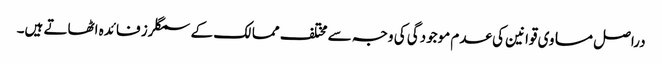
دراصل مساوی قوانین کی عدم موجودگی کی وجہ سے مختلف ممالک کے سمگلرز فائدہ اٹھاتے ہیں۔